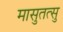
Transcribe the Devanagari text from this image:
मासुतत्सु